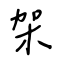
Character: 架